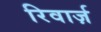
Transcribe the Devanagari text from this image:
रिवार्ज़